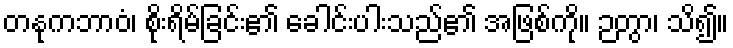
တနုကဘာဝံ၊ စိုးရိမ်ခြင်း၏ ခေါင်းပါးသည်၏ အဖြစ်ကို။ ဉတွာ၊ သိ၍။